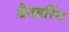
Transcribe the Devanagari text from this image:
वैनडरिंग